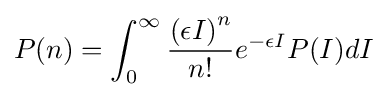
P(n)=\int _{0}^{\infty }{\frac {{\left(\epsilon I\right)}^{n}}{n!}}e^{-\epsilon I}P(I)dI